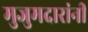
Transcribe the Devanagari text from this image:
मुजुमदारांनी